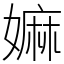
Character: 嫲